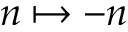
n \mapsto - n